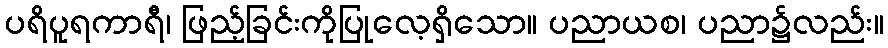
ပရိပူရကာရီ၊ ဖြည့်ခြင်းကိုပြုလေ့ရှိသော။ ပညာယစ၊ ပညာ၌လည်း။